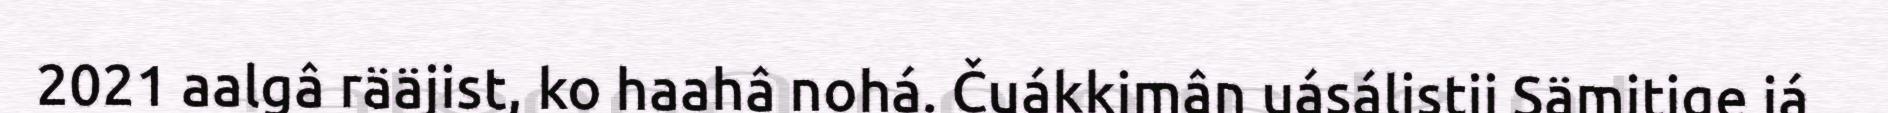
2021 aalgâ rääjist, ko haahâ nohá. Čuákkimân uásálistii Sämitige já